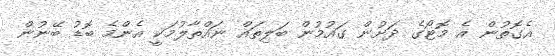
އެގޮތުން އެ މޮޓޯގެ ދަށުން ގައުމުން ބަލިތައް ނައްތާލުމަކީ އެންމެ ބޮޑު ބޭނުން